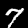
Digit: 7